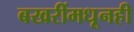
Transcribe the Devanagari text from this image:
बखरींमधूनही